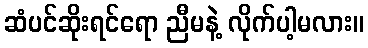
ဆံပင်ဆိုးရင်ရော ညီမနဲ့ လိုက်ပါ့မလား။